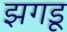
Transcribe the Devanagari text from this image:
झगडू